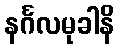
နင်္ဂလမုခါနိ